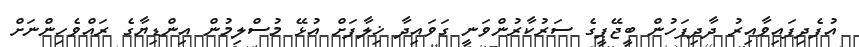
އުފެދިފައިވާއިރު ދާދިފަހުން ބީޖޭޕީގެ ސަރުކާރުންވަނީ ގަވައިދާ ޚިލާފަށް އުޅޭ މުސްލިމުން އިންޑިޔާގެ ރައްވެހިންނަށް